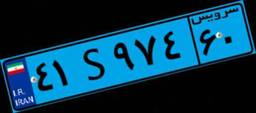
۱۱S۳۴۲۲۵